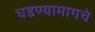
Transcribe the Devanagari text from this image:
घडण्यामागचे